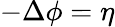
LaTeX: -\Delta\phi=\eta